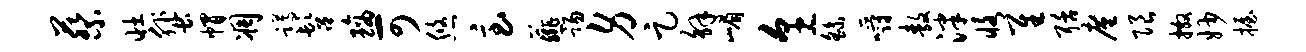
蔡壮蜚帽凋蹲髫璃可悠急薤踢身足解嵋烹繇嚼敖泮恪隹聒廑限撒妙握